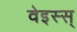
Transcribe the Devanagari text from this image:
वेइस्स्